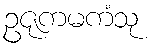
ဥဇုကမကံသု